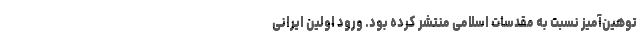
توهین‌آمیز نسبت به مقدسات اسلامی منتشر کرده بود. ورود اولین ایرانی